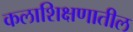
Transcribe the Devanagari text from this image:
कलाशिक्षणातील